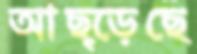
আছ্‌ড়েছে